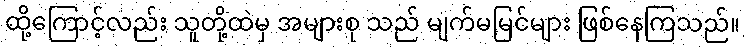
ထို့ကြောင့်လည်း သူတို့ထဲမှ အများစု သည် မျက်မမြင်များ ဖြစ်နေကြသည်။